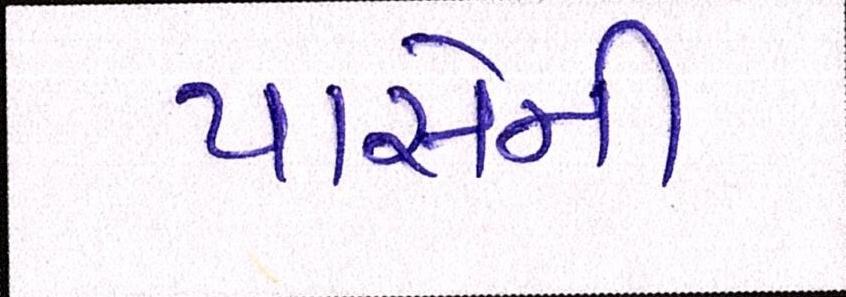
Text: પાસેની